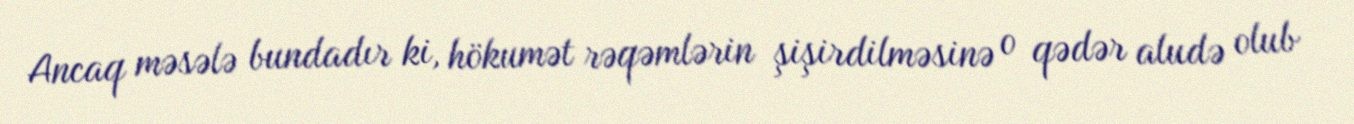
Ancaq məsələ bundadır ki, hökumət rəqəmlərin şişirdilməsinə o qədər aludə olub